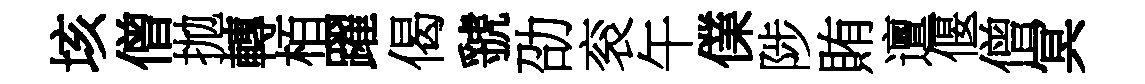
垓僧拋轉栢躍偈虢劭衮午㒒陟賄邅偃僧冥